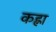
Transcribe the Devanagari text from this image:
कह्ना